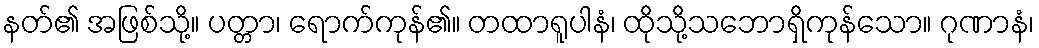
နတ်၏ အဖြစ်သို့။ ပတ္တာ၊ ရောက်ကုန်၏။ တထာရူပါနံ၊ ထိုသို့သဘောရှိကုန်သော။ ဂုဏာနံ၊